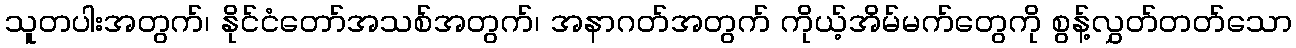
သူတပါးအတွက်၊ နိုင်ငံတော်အသစ်အတွက်၊ အနာဂတ်အတွက် ကိုယ့်အိမ်မက်တွေကို စွန့်လွှတ်တတ်သော